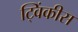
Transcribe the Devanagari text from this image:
ट्विंकीस